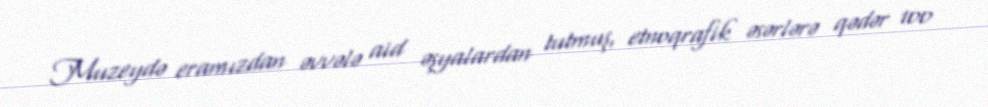
Muzeydə eramızdan əvvələ aid əşyalardan tutmuş, etnoqrafik əsərlərə qədər 100